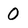
Character: O